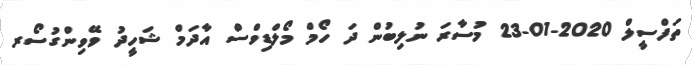
ތަފްސީލް 2020-01-23 މުސާރަ ނުލިބުން ދަ ހޯމް މޯލްޑިވްސް އާދަމް ޝަހީދު ވޭވިންގުސޯރ